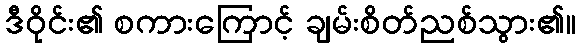
ဒီဝိုင်း၏ စကားကြောင့် ချမ်းစိတ်ညစ်သွား၏။